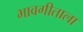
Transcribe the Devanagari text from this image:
भावगीताला